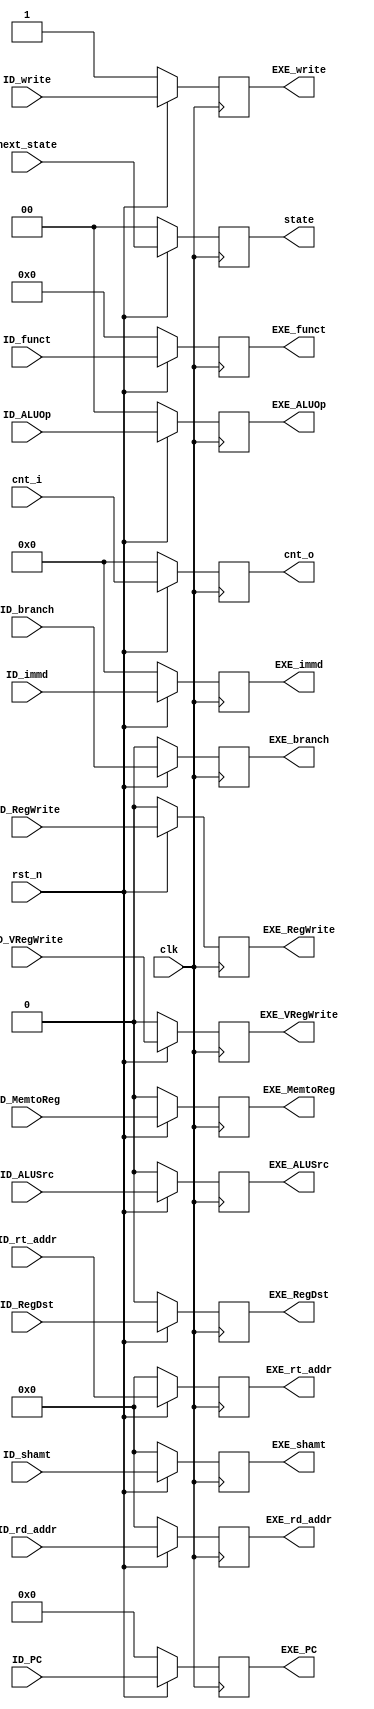
module ID_EXE(
	//input
	clk,
	rst_n,
	ID_PC,
	// ID_opcode,
	// ID_rs_addr,
	ID_rt_addr,
	ID_rd_addr,
	ID_shamt,
	ID_funct,
	ID_immd,
	ID_RegWrite,
    ID_MemtoReg,
    //ID_read,
    ID_write,

	ID_RegDst,
	ID_branch,
	ID_ALUOp,
	ID_ALUSrc,
	next_state,
	cnt_i,
	ID_VRegWrite,	
	//output
	EXE_PC,
	// EXE_opcode,
	// EXE_rs_addr,
	EXE_rt_addr,
	EXE_rd_addr,
	EXE_shamt,
	EXE_funct,
	EXE_immd,
	EXE_RegWrite,
	EXE_MemtoReg,
	EXE_VRegWrite,	

	//EXE_read,
	EXE_write,
	EXE_RegDst,
	EXE_branch,
	EXE_ALUOp,
	EXE_ALUSrc,
	state,
	cnt_o
);


input 	clk, rst_n;
input	[15:0]ID_PC;
// input   [5:0]ID_opcode;
// input	[4:0]ID_rs_addr;
input	[4:0]ID_rt_addr;
input	[4:0]ID_rd_addr;
input   [4:0]ID_shamt;
input   [5:0]ID_funct;
input   [31:0]ID_immd;
input   ID_RegDst;
input	ID_RegWrite;
input	ID_MemtoReg;
//input	ID_read;
input	ID_write;
input	ID_branch;
input	[1:0]ID_ALUOp;
input	ID_ALUSrc;
input	[1:0] next_state;
input   [31:0] cnt_i;
input 	ID_VRegWrite;

output  reg [15:0]EXE_PC;
// output  reg [5:0]EXE_opcode;
// output	reg [4:0]EXE_rs_addr;
output	reg [4:0]EXE_rt_addr;
output	reg [4:0]EXE_rd_addr;
output  reg [4:0]EXE_shamt;
output  reg [5:0]EXE_funct;
output  reg [31:0]EXE_immd;
output  reg EXE_RegDst;
output	reg EXE_RegWrite;
output	reg EXE_MemtoReg;
output  reg EXE_VRegWrite;
//output	reg EXE_read;
output	reg EXE_write;

output	reg EXE_branch;
output	reg [1:0]EXE_ALUOp;
output	reg EXE_ALUSrc;
output  reg [1:0] state;
output 	reg [31:0] cnt_o;





always@(posedge clk) begin
	if(~rst_n) begin
		EXE_PC <= 16'd0;
		// EXE_opcode <= 6'd0;
		// EXE_rs_addr <= 5'd0; 
		EXE_rt_addr <= 5'd0;
		EXE_rd_addr <= 5'd0;
		EXE_shamt <= 5'd0;
		EXE_funct <= 6'd0;
		EXE_immd <= 32'b0;
		EXE_RegDst <= 1'b0;
		EXE_RegWrite <= 1'b0;
		EXE_MemtoReg <= 1'b0;
		//EXE_read <= 1'b0;
		EXE_write <= 1'b1;

		EXE_branch <= 1'b0;
		EXE_ALUOp <= 2'd0;
		EXE_ALUSrc <= 1'b0;
		state <= 0;
		cnt_o <= 0;
		EXE_VRegWrite <= 0;
	end
	else begin
		EXE_PC <= ID_PC;
		// EXE_opcode <= ID_opcode;
		// EXE_rs_addr <= ID_rs_addr; 
		EXE_rt_addr <= ID_rt_addr;
		EXE_rd_addr <= ID_rd_addr;
		EXE_shamt <= ID_shamt;
		EXE_funct <= ID_funct;
		EXE_immd <= ID_immd;
		EXE_RegDst <= ID_RegDst;
		EXE_RegWrite <= ID_RegWrite;
		EXE_MemtoReg <= ID_MemtoReg;
		//EXE_read <= ID_read;
		EXE_write <= ID_write;
		EXE_VRegWrite <= ID_VRegWrite;
		EXE_branch <= ID_branch;
		EXE_ALUOp <= ID_ALUOp;
		EXE_ALUSrc <= ID_ALUSrc;
		state <= next_state;
		cnt_o <= cnt_i;

	end
end


endmodule